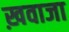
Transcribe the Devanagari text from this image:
ख़वाजा